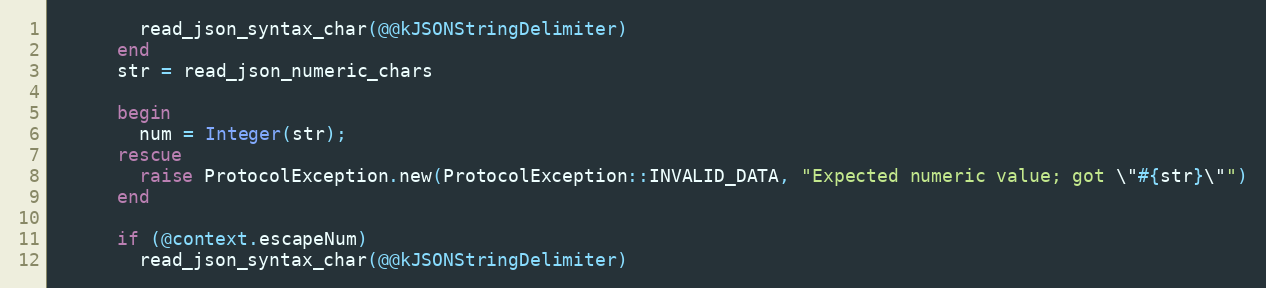
Language: Ruby
        read_json_syntax_char(@@kJSONStringDelimiter)
      end
      str = read_json_numeric_chars

      begin
        num = Integer(str);
      rescue
        raise ProtocolException.new(ProtocolException::INVALID_DATA, "Expected numeric value; got \"#{str}\"")
      end

      if (@context.escapeNum)
        read_json_syntax_char(@@kJSONStringDelimiter)